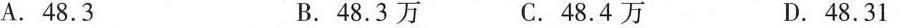
A.48.3 B.48.3万 C.48.4万 D.48.31